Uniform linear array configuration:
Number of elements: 64
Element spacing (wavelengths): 0.5
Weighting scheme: hamming
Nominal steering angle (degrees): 60
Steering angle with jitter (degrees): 61.78
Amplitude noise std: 0.05
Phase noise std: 0.05

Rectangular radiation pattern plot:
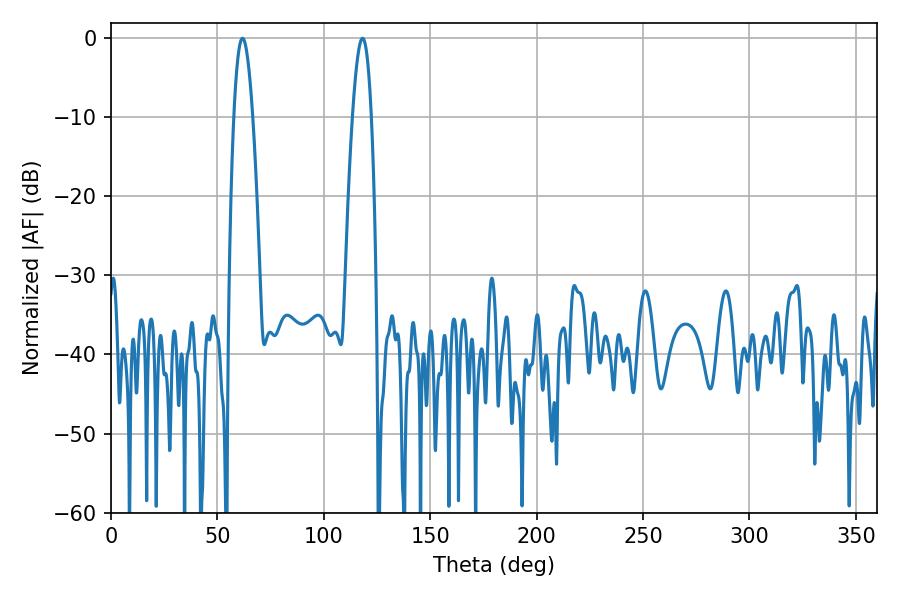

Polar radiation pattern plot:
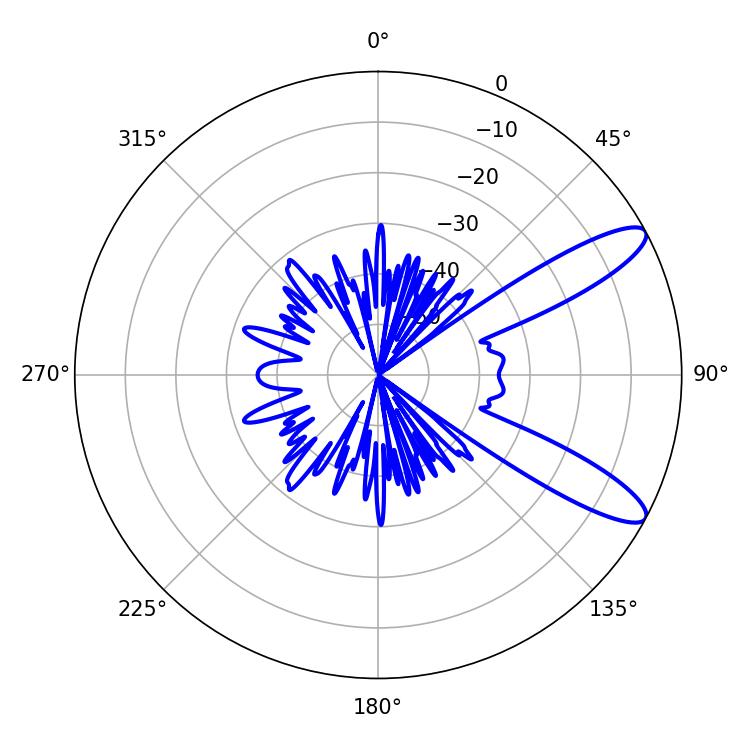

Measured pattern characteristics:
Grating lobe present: FALSE
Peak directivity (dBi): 10.902
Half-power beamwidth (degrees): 4.86
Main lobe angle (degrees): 61.74